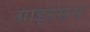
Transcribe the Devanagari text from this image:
ग्राइरसन